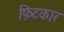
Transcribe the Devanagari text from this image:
फ़िटकार